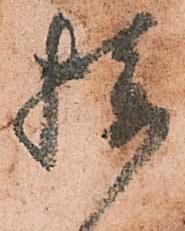
攝